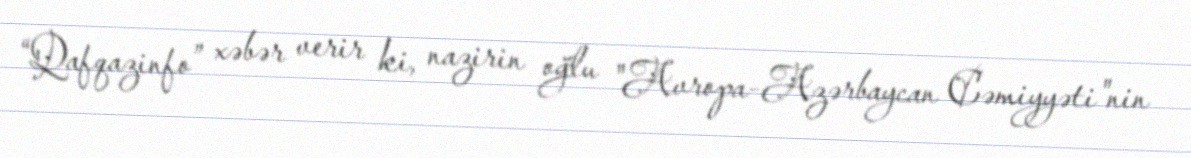
“Qafqazinfo” xəbər verir ki, nazirin oğlu "Avropa-Azərbaycan Cəmiyyəti"nin